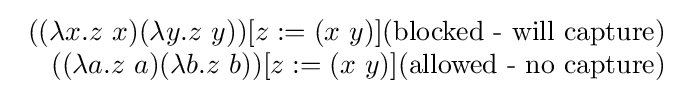
{\begin{array}{r}((\lambda x.z\ x)(\lambda y.z\ y))[z:=(x\ y)]{\text{(blocked - will capture)}}\\((\lambda a.z\ a)(\lambda b.z\ b))[z:=(x\ y)]{\text{(allowed - no capture)}}\end{array}}